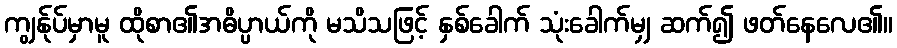
ကျွန်ုပ်မှာမူ ထိုစာ၏အဓိပ္ပာယ်ကို မသိသဖြင့် နှစ်ခေါက် သုံးခေါက်မျှ ဆက်၍ ဖတ်နေလေ၏။